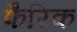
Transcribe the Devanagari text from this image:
फैरिक